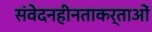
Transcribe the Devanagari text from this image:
संवेदनहीनताकर्ताओं